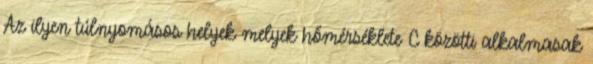
Az ilyen túlnyomásos helyek melyek hőmérséklete C közötti alkalmasak